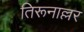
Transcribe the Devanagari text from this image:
तिरूनाल्लर